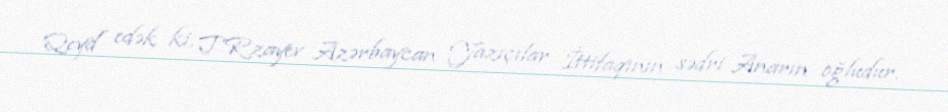
Qeyd edək ki, T.Rzayev Azərbaycan Yazıçılar İttifaqının sədri Anarın oğludur.